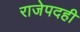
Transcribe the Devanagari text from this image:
राजेपदही